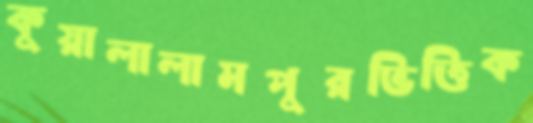
কুয়ালালামপুরভিত্তিক